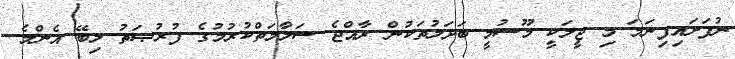
ނުފަށައިފިނަމަ މި ޖީލަކީ މޫސުމީ ބަދަލުތަކުން ރާއްޖެ ސަލާމަތްކުރުމުގެ ފުރުޞަތު ލިބޭ އެންމެ